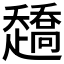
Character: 𰷿